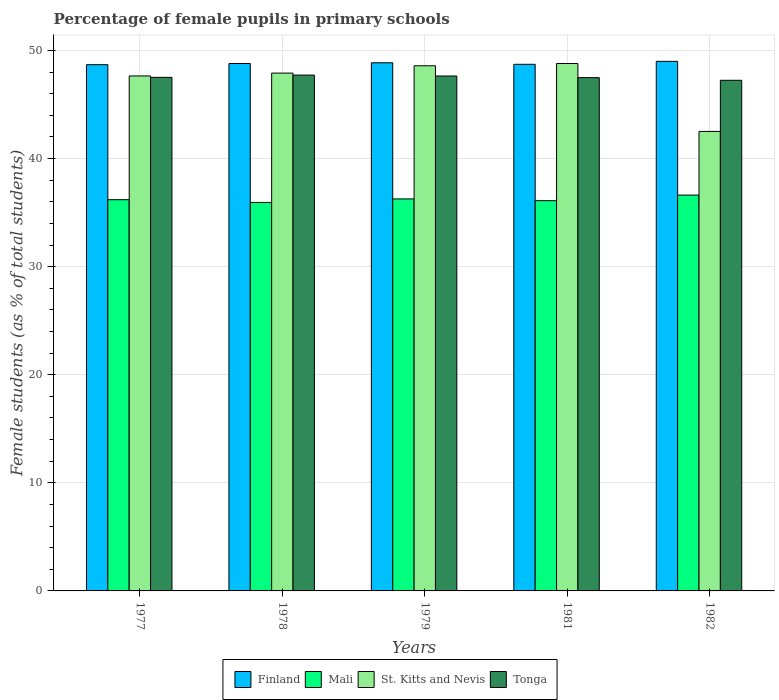
| Years | Finland | Mali | St. Kitts and Nevis | Tonga |
 | --- | --- | --- | --- | --- |
 | 1977 | 48.7 | 36.2 | 47.6 | 47.5 |
 | 1978 | 48.8 | 35.9 | 47.9 | 47.7 |
 | 1979 | 48.9 | 36.3 | 48.6 | 47.6 |
 | 1981 | 48.7 | 36.1 | 48.8 | 47.5 |
 | 1982 | 49 | 36.6 | 42.5 | 47.2 |